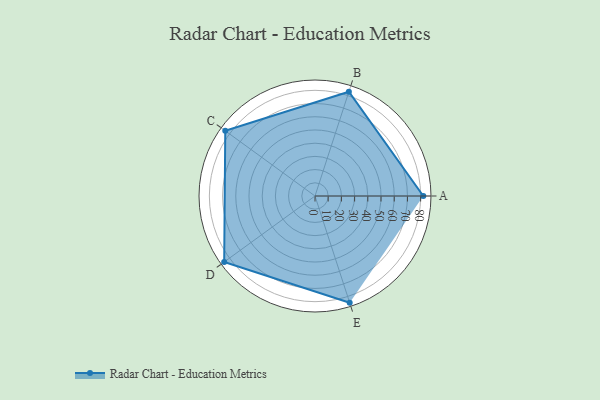
{"axis": {"x": "Skill", "y": "Score"}, "legend": ["Profile"], "data": [{"x": "A", "y": 82.0, "type": "Profile"}, {"x": "B", "y": 83.0, "type": "Profile"}, {"x": "C", "y": 84.0, "type": "Profile"}, {"x": "D", "y": 85.0, "type": "Profile"}, {"x": "E", "y": 85.0, "type": "Profile"}]}